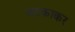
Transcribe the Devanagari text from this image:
चटकाकर